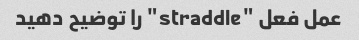
عمل فعل "straddle" را توضیح دهید